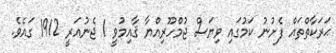
ޙަރަކާތްތައް ފެށުނު ކަމުގައި ވިޔަސް ޖުމްހޫރިއްޔާ ޤާއިމުވީ 1 ޖެނުއަރީ 1912 ގައެވެ.